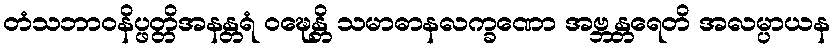
တံသဘာဝနိပ္ဖတ္တိအနန္တရံ ဝဍ္ဎေန္တိ သမာဓာနလက္ခဏော အဗ္ဘန္တရေတိ အလမ္ပာယန